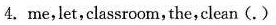
4. me,let,classroom,the,clean (. )